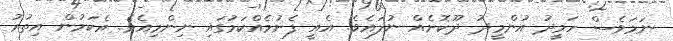
ނަމަވެސް ހަމީދު އުންމީދު ދޫކޮށެއް ނުލައެވެ. އެއީ ފެށުމެއްކަމުގައި ނިންމިއެވެ. އެކަމުން އިތުރު